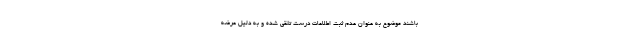
باشند موضوع به عنوان عدم ثبت اطلاعات درست تلقی شده و به دلیل عرضه